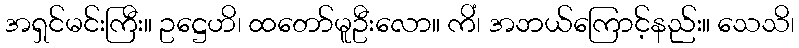
အရှင်မင်းကြီး။ ဥဋ္ဌေဟိ၊ ထတော်မူဦးလော။ ကိံ၊ အဘယ်ကြောင့်နည်း။ သေသိ၊